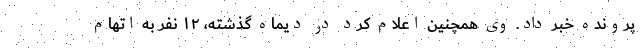
پرونده خبر داد. وی همچنین اعلام کرد در دیماه گذشته، ۱۲ نفر به اتهام